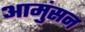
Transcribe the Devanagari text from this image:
आमुंसन